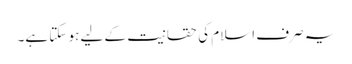
یہ صرف اسلام کی حقانیت کے لیے ہو سکتا ہے۔